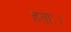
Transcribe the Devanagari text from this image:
हताः।